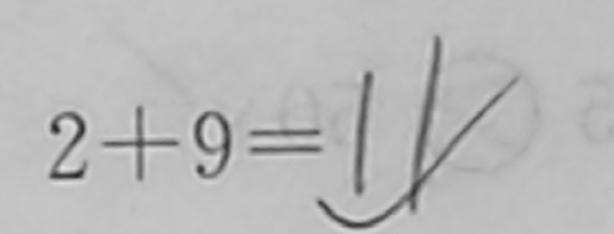
2 + 9 = 1 1